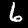
Digit: 6